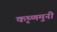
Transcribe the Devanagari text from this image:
कृष्णमुनी